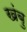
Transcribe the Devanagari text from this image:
खंबु